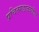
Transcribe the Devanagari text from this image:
प्रचितगडाजवळील